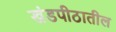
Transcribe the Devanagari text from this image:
खंडपीठातील